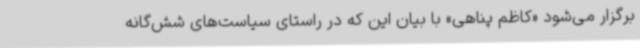
برگزار می‌شود «کاظم پناهی» با بیان این‌ که در راستای سیاست‌های شش‌گانه